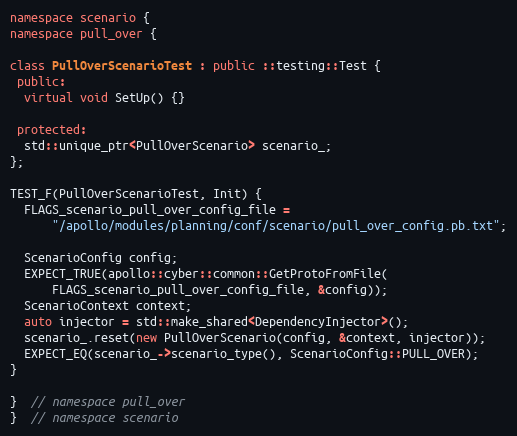
Language: C++
namespace scenario {
namespace pull_over {

class PullOverScenarioTest : public ::testing::Test {
 public:
  virtual void SetUp() {}

 protected:
  std::unique_ptr<PullOverScenario> scenario_;
};

TEST_F(PullOverScenarioTest, Init) {
  FLAGS_scenario_pull_over_config_file =
      "/apollo/modules/planning/conf/scenario/pull_over_config.pb.txt";

  ScenarioConfig config;
  EXPECT_TRUE(apollo::cyber::common::GetProtoFromFile(
      FLAGS_scenario_pull_over_config_file, &config));
  ScenarioContext context;
  auto injector = std::make_shared<DependencyInjector>();
  scenario_.reset(new PullOverScenario(config, &context, injector));
  EXPECT_EQ(scenario_->scenario_type(), ScenarioConfig::PULL_OVER);
}

}  // namespace pull_over
}  // namespace scenario